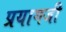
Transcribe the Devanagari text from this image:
प्रयागजी